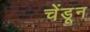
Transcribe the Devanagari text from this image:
चेंडून